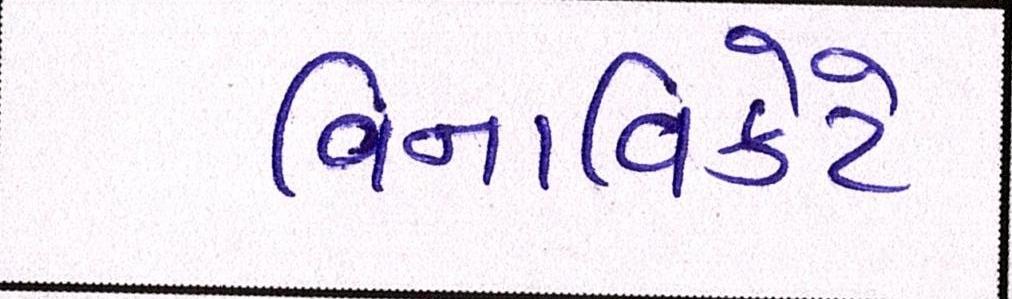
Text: વિનાવિકેટે